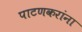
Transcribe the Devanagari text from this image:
पाटणकरांना